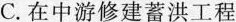
C.在中游修建蓄洪工程